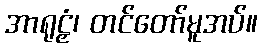
အာရုဠှံ၊ တင်တော်မူအပ်။